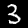
Label: 3